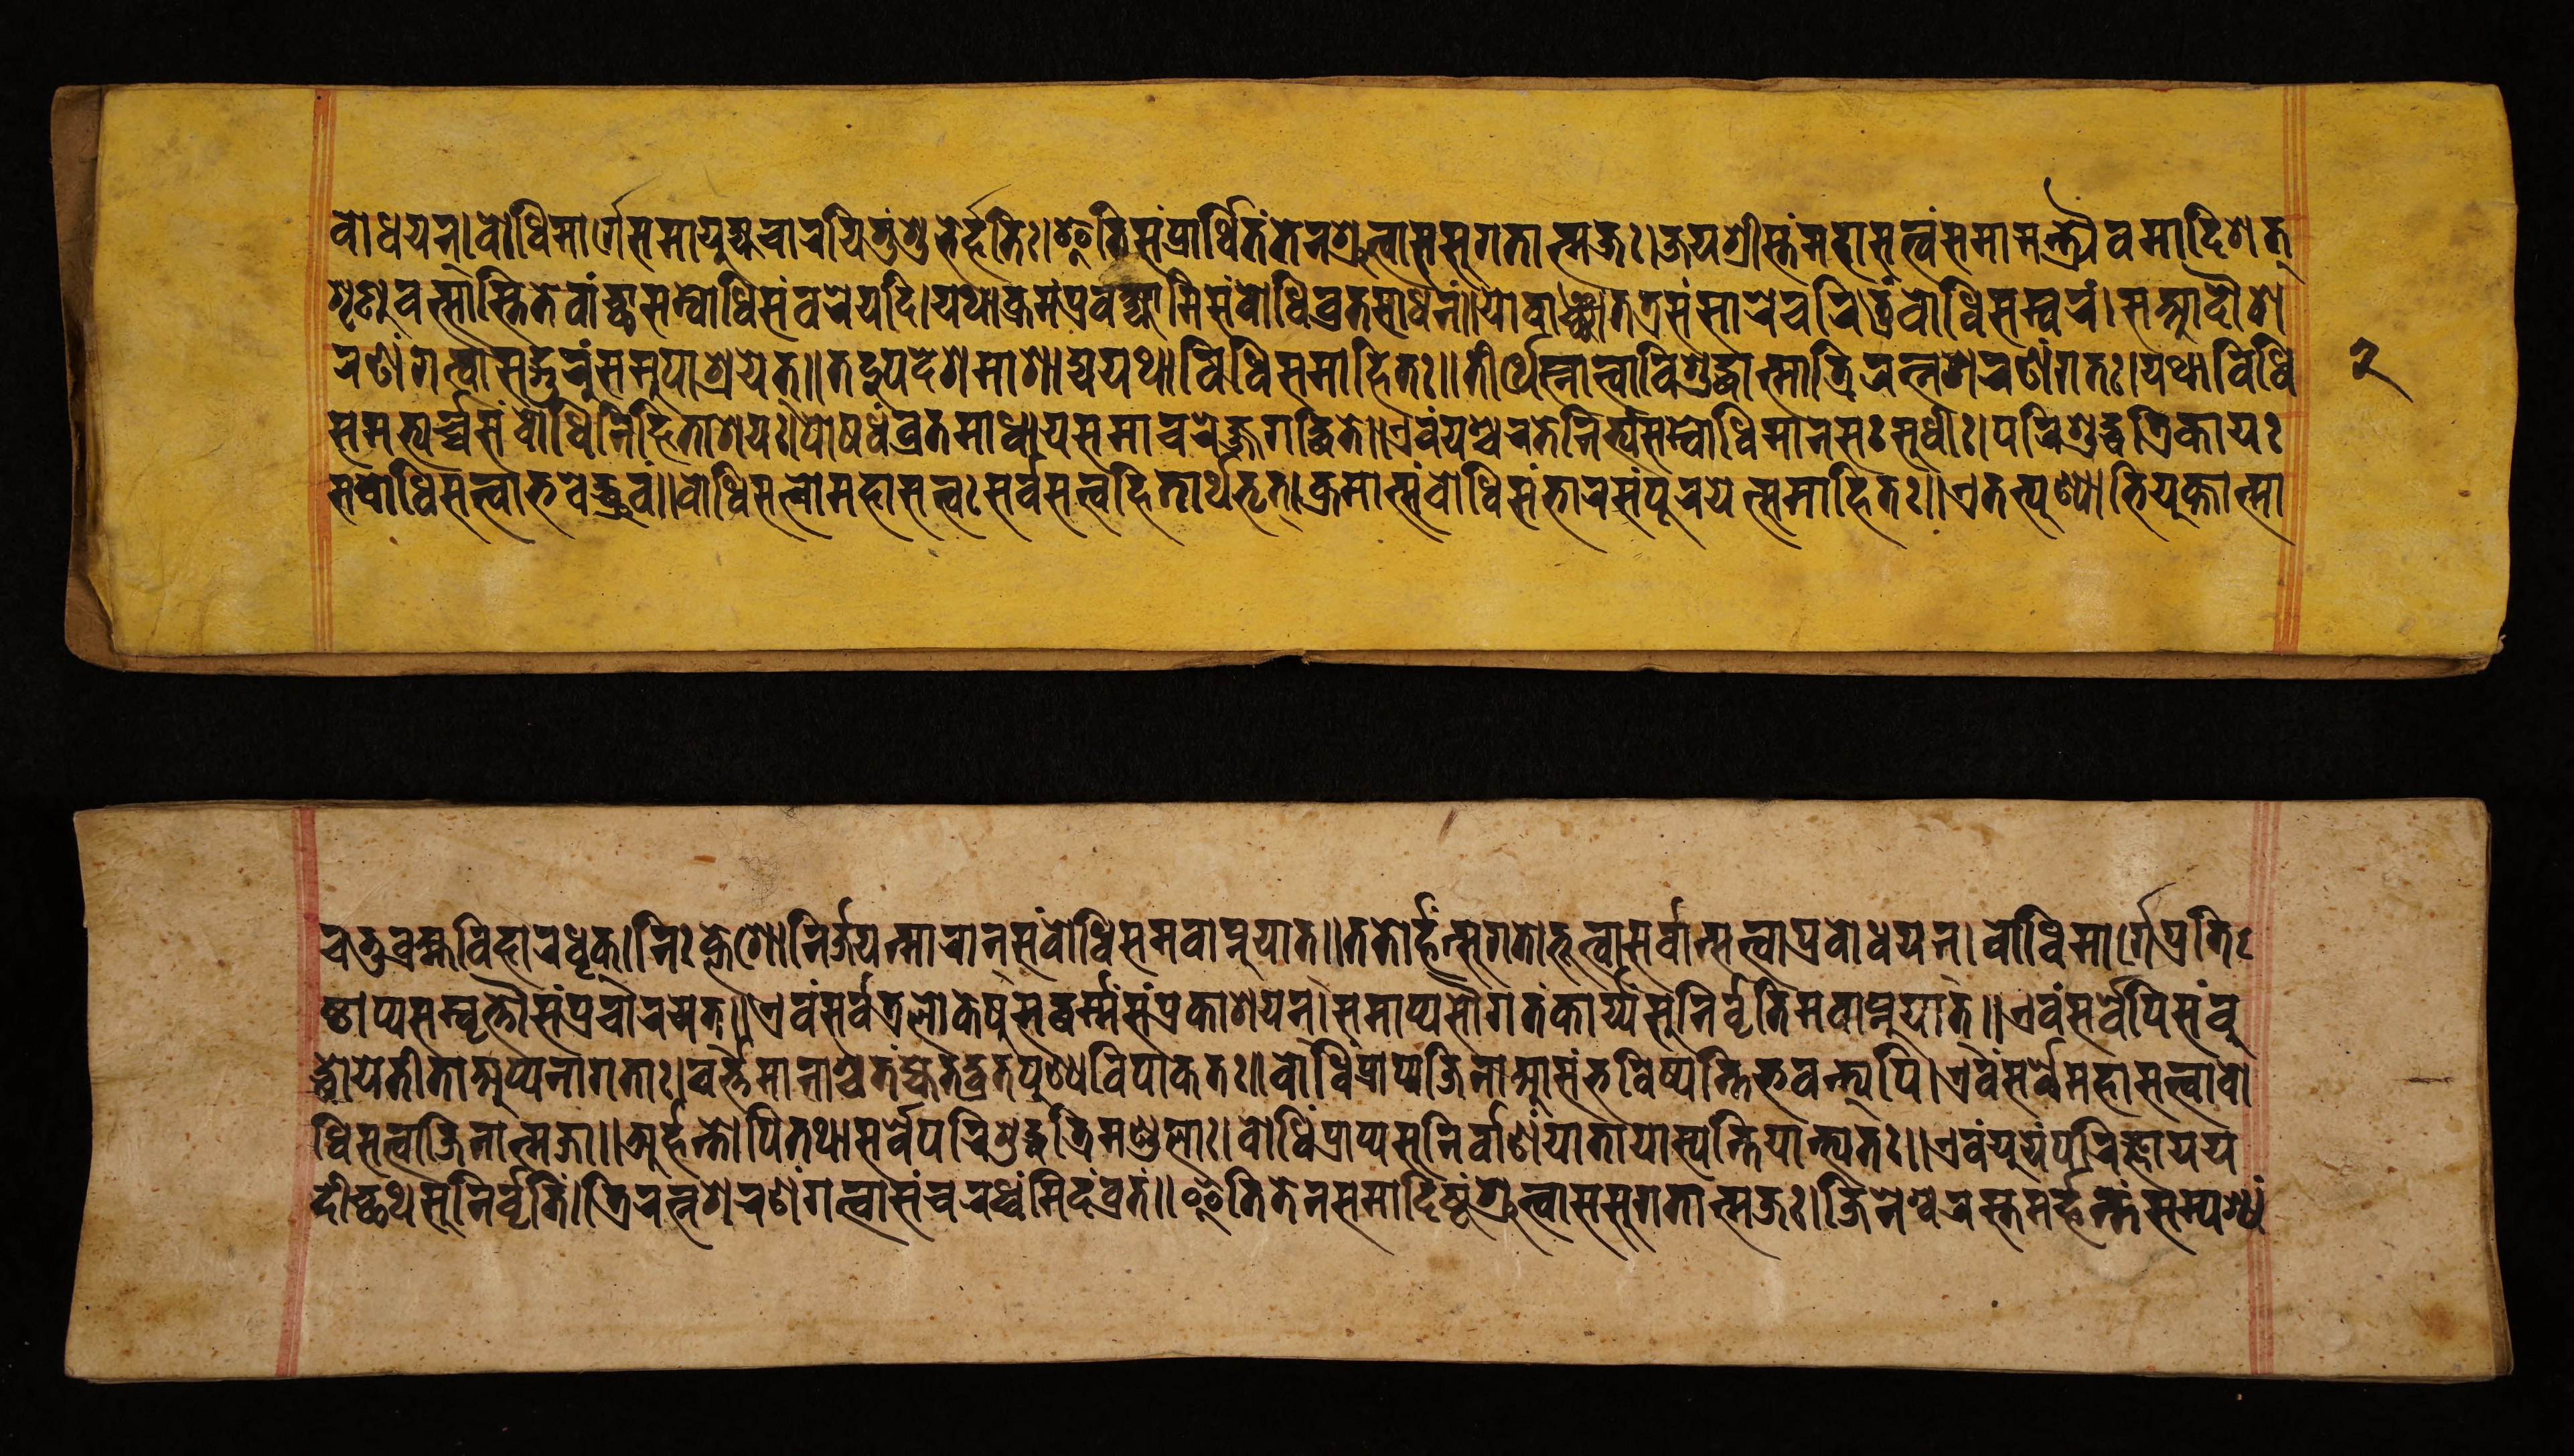
𑐧𑑀𑐢𑐫𑐣𑑂।𑐧𑑀𑐢𑐶𑐩𑐵𑐬𑑂𑐐𑐾𑐳𑐩𑐵𑐫𑐸𑐖𑑂𑐫𑐔𑐵𑐬𑐫𑐶𑐟𑐸𑑄𑐱𑐸𑐨𑐾𑐬𑑂𑐴𑐟𑐶𑑅।𑐂𑐟𑐶𑐳𑑄𑐥𑑂𑐬𑐵𑐬𑑂𑐠𑐶𑐟𑑄𑐟𑐾𑐣𑐱𑑂𑐬𑐸𑐟𑑂𑐰𑐵𑐳𑐳𑐸𑐐𑐟𑐵𑐟𑑂𑐩𑐖𑑅।𑐖𑐫𑐱𑑂𑐬𑐷𑐳𑑂𑐟𑑄𑐩𑐴𑐵𑐳𑐟𑑂𑐰𑑄𑐳𑐩𑐵𑐩𑐣𑑂𑐟𑑂𑐬𑑂𑐫𑐿𑐰𑐩𑐵𑐡𑐶𑐱𑐟𑑂 𑐱𑐺𑐞𑐸𑐰𑐟𑑂𑐳𑐵𑐳𑑂𑐟𑐶𑐟𑐾𑐰𑐵𑑄𑐕𑐵𑐳𑐩𑑂𑐧𑑀𑐢𑐶𑐳𑑄𑐰𑐬𑐾𑐫𑐡𑐶।𑐫𑐠𑐵𑐎𑑂𑐬𑐩𑑄𑐥𑑂𑐬𑐰𑐎𑑂𑐲𑑂𑐫𑐵𑐩𑐶𑐳𑑄𑐧𑑀𑐢𑐶𑐰𑑂𑐬𑐟𑐳𑐵𑐢𑐣𑑄॥𑐫𑑀𑐰𑐵𑐘𑑂𑐕𑐵𑐟𑐟𑑂𑐬𑐳𑑄𑐳𑐵𑐬𑐾𑐔𑐬𑐶𑐟𑐸𑑄𑐧𑑀𑐢𑐶𑐳𑑄𑐰𑐬𑑄।𑐳𑐁𑐡𑑁𑐱 𑐬𑐞𑑄𑐐𑐟𑑂𑐰𑐵𑐳𑐡𑑂𑐐𑐸𑐬𑐸𑑄𑐳𑐩𑐸𑐥𑐵𑐱𑑂𑐬𑐫𑐾𑐟𑑂॥𑐟𑐡𑐸𑐥𑐡𑐾𑐱𑑄𑐁𑐱𑐵𑐡𑑂𑐫𑐫𑐠𑐵𑐰𑐶𑐢𑐶𑐳𑐩𑐵𑐴𑐶𑐟𑑅॥𑐟𑐷𑐬𑑂𑐠𑐾𑐳𑑂𑐣𑐵𑐟𑑂𑐰𑐵𑐰𑐶𑐱𑐸𑐡𑑂𑐢𑐵𑐟𑑂𑐩𑐵𑐟𑑂𑐬𑐶𑐬𑐟𑑂𑐣𑐱𑐬𑐞𑑄𑐐𑐟𑑅।𑐫𑐠𑐵𑐰𑐶𑐢𑐶 𑐳𑐩𑐨𑑂𑐫𑐬𑑂𑐔𑑂𑐔𑑂𑐫𑐳𑑄𑐧𑑀𑐢𑐶𑐣𑐶𑐴𑐶𑐟𑐵𑐱𑐫𑑅।𑐥𑑀𑐲𑐢𑑄𑐰𑑂𑐬𑐟𑐩𑐵𑐢𑐵𑐫𑐳𑐩𑐵𑐔𑐬𑐾𑐖𑑂𑐖𑐐𑐡𑑂𑐢𑐶𑐟𑐾॥𑐊𑐰𑑄𑐫𑐱𑑂𑐔𑐬𑐟𑐾𑐣𑐶𑐟𑑂𑐫𑑄𑐳𑑄𑐧𑑀𑐢𑐶𑐩𑐵𑐣𑐳𑑅𑐳𑐸𑐢𑐷𑑅।𑐥𑐬𑐶𑐱𑐸𑐡𑑂𑐢𑐟𑑂𑐬𑐶𑐎𑐵𑐫𑑅 𑐳𑐧𑑀𑐢𑐶𑐳𑐟𑑂𑐰𑐵𑐨𑐰𑐾𑐡𑑂𑐢𑑂𑐬𑐸𑐰𑑄॥𑐧𑑀𑐢𑐶𑐳𑐟𑑂𑐰𑑀𑐩𑐴𑐵𑐳𑐟𑑂𑐰𑑅𑐳𑐬𑑂𑐰𑐳𑐟𑑂𑐰𑐴𑐶𑐟𑐵𑐬𑑂𑐠𑐨𑐺𑐟𑑂।𑐎𑑂𑐬𑐩𑐵𑐟𑑂𑐳𑑄𑐧𑑀𑐢𑐶𑐳𑑄𑐨𑐵𑐬𑐳𑑄𑐥𑐹𑐬𑐫𑐾𑐟𑑂𑐳𑐩𑐵𑐴𑐶𑐟𑑅॥𑐊𑐟𑐟𑑂𑐥𑐸𑐞𑑂𑐫𑐵𑐨𑐶𑐫𑐸𑐎𑑂𑐟𑐵𑐟𑑂𑐩𑐵 𑐔𑐟𑐸𑐧𑑂𑐬𑐴𑑂𑐩𑐰𑐶𑐴𑐵𑐬𑐢𑐺𑐎𑑂।𑐣𑐶𑑅𑐎𑑂𑐮𑐾𑐱𑑀𑐣𑐶𑐬𑑂𑐖𑐫𑐣𑑂𑐩𑐵𑐬𑐵𑐣𑑂𑐳𑑄𑐧𑑀𑐢𑐶𑐳𑐩𑐰𑐵𑐥𑑂𑐣𑐸𑐫𑐵𑐟𑑂॥𑐟𑐟𑑀𑐬𑑂𑐴𑑄𑐣𑑂𑐳𑐸𑐐𑐟𑑀𑐨𑐹𑐟𑑂𑐰𑐵𑐳𑐬𑑂𑐰𑐵𑐣𑑂𑐳𑐟𑑂𑐰𑐵𑐥𑑂𑐬𑐧𑑀𑐢𑐫𑐣𑑂।𑐧𑑀𑐢𑐶𑐩𑐵𑐬𑑂𑐐𑐾𑐥𑑂𑐬𑐟𑐶 𑐲𑑂𑐛𑐵𑐥𑑂𑐫𑐳𑑄𑐰𑐺𑐟𑑂𑐟𑑁𑐳𑑄𑐥𑑂𑐬𑐔𑐵𑐬𑐫𑐟𑑂॥𑐊𑐰𑑄𑐳𑐬𑑂𑐰𑐟𑑂𑐬𑐮𑑀𑐎𑐾𑐲𑐸𑐳𑐡𑑂𑐢𑐬𑑂𑐩𑑂𑐩𑑄𑐳𑑄𑐥𑑂𑐬𑐎𑐵𑐱𑐫𑐣𑑂।𑐳𑐩𑐵𑐥𑑂𑐫𑐳𑑁𑐐𑐟𑑄𑐎𑐵𑐬𑑂𑐫𑑂𑐫𑑄𑐳𑐸𑐣𑐶𑐬𑑂𑐰𑐺𑐟𑐶𑐩𑐰𑐵𑐥𑑂𑐣𑐸𑐫𑐵𑐟𑑂॥𑐊𑐰𑑄𑐳𑐬𑑂𑐰𑐾𑐥𑐶𑐳𑑄𑐧𑐸 𑐡𑑂𑐢𑑀𑐫𑐾𑐟𑐷𑐟𑐵𑐀𑐥𑑂𑐫𑐣𑐵𑐐𑐟𑐵𑑅।𑐰𑐬𑑂𑐟𑑂𑐟𑐩𑐵𑐣𑐵𑐱𑑂𑐔𑐟𑑄𑐖𑑂𑐫𑐾𑐟𑐡𑑂𑐰𑑂𑐬𑐟𑐥𑐸𑐞𑑂𑐫𑐰𑐶𑐥𑐵𑐎𑐟𑑅॥𑐧𑑀𑐢𑐶𑑄𑐥𑑂𑐬𑐵𑐥𑑂𑐫𑐖𑐶𑐣𑐵𑐁𑐳𑑄𑐨𑐰𑐶𑐲𑑂𑐫𑐣𑑂𑐟𑐶𑐨𑐰𑐣𑑂𑐟𑑂𑐫𑐥𑐶।𑐊𑐰𑑄𑐳𑐬𑑂𑐰𑐾𑐩𑐴𑐵𑐳𑐟𑑂𑐰𑐵𑐧𑑀 𑐢𑐶𑐳𑐟𑑂𑐰𑐵𑐖𑐶𑐣𑐵𑐟𑑂𑐩𑐖𑐵॥𑐀𑐬𑑂𑐴𑐣𑑂𑐟𑑀𑐥𑐶𑐟𑐠𑐵𑐳𑐬𑑂𑐰𑐾𑐥𑐬𑐶𑐱𑐸𑐡𑑂𑐢𑐟𑑂𑐬𑐶𑐩𑐞𑑂𑐜𑐮𑐵𑑅।𑐧𑑀𑐢𑐶𑑄𑐥𑑂𑐬𑐵𑐥𑑂𑐫𑐳𑐣𑐶𑐬𑑂𑐰𑐵𑐞𑑄𑐫𑐵𑐟𑐵𑐫𑐵𑐳𑑂𑐫𑐣𑑂𑐟𑐶𑐫𑐵𑐣𑑂𑐟𑑂𑐫𑐟𑑅॥𑐊𑐰𑑄𑐫𑐹𑐫𑑄𑐥𑐬𑐶𑐖𑑂𑐘𑐵𑐫𑐫 𑐡𑐷𑐔𑑂𑐕𑐠𑐳𑐸𑐣𑐶𑐬𑑂𑐰𑐺𑐟𑐶𑑄।𑐟𑑂𑐬𑐶𑐬𑐟𑑂𑐣𑐱𑐬𑐞𑑄𑐐𑐟𑑂𑐰𑐵𑐳𑑄𑐔𑐬𑐢𑑂𑐰𑑄𑐩𑐶𑐡𑑄𑐰𑑂𑐬𑐟𑑄॥𑐂𑐟𑐶𑐟𑐾𑐣𑐳𑐩𑐵𑐡𑐶𑐲𑑂𑐚𑑄𑐱𑑂𑐬𑐸𑐟𑑂𑐰𑐵𑐳𑐳𑐸𑐐𑐟𑐵𑐟𑑂𑐩𑐖𑑅।𑐖𑐶𑐣𑐾𑐱𑑂𑐰𑐬𑐳𑑂𑐟𑐩𑐬𑑂𑐴𑐣𑑂𑐟𑑄𑐳𑐩𑑂𑐥𑐱𑑂𑐫𑑄 𑑒